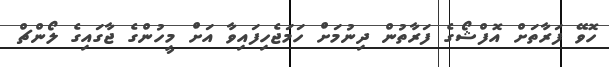
ހޮވޭ ފަރާތަށް އޮފްޝޯގެ ފަރާތުން ދިނުމަށް ހަމަޖެހިފައިވާ އަށް މީހުންގެ ޖާގައިގެ ލޯންޗް